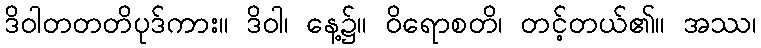
ဒိဝါတတတိပုဒ်ကား။ ဒိဝါ၊ နေ့၌။ ဝိရောစတိ၊ တင့်တယ်၏။ အဿ၊